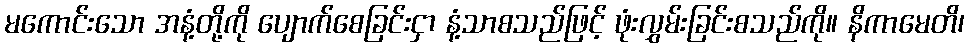
မကောင်းသော အနံ့တို့ကို ပျောက်စေခြင်းငှာ နံ့သာစသည်ဖြင့် ဖုံးလွှမ်းခြင်းစသည်ကို။ နိကာမေတိ၊